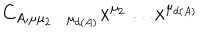
LaTeX: C _ { A ; \mu \mu _ { 2 } \ldots \mu _ { d ( A ) } } x ^ { \mu _ { 2 } } \ldots x ^ { \mu _ { d ( A ) } }